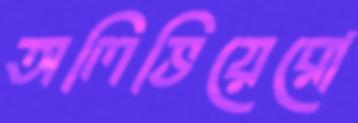
অলিভিয়েরো